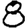
Digit: 8